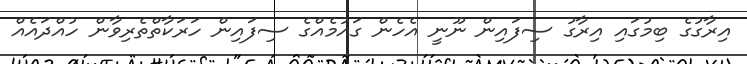
އިރާގުގެ ބިމުގައި އިރާގު ސިފައިން ނޫނީ އެހެން ގައުމެއްގެ ސިފައިން ހަރަކާތްްތެެރިވާން ހުއްދައެއް